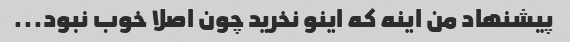
پیشنهاد من اینه که اینو نخرید چون اصلا خوب نبود...